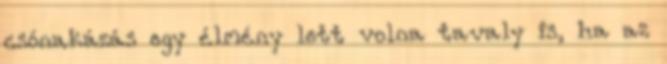
csónakázás egy élmény lett volna tavaly is, ha az